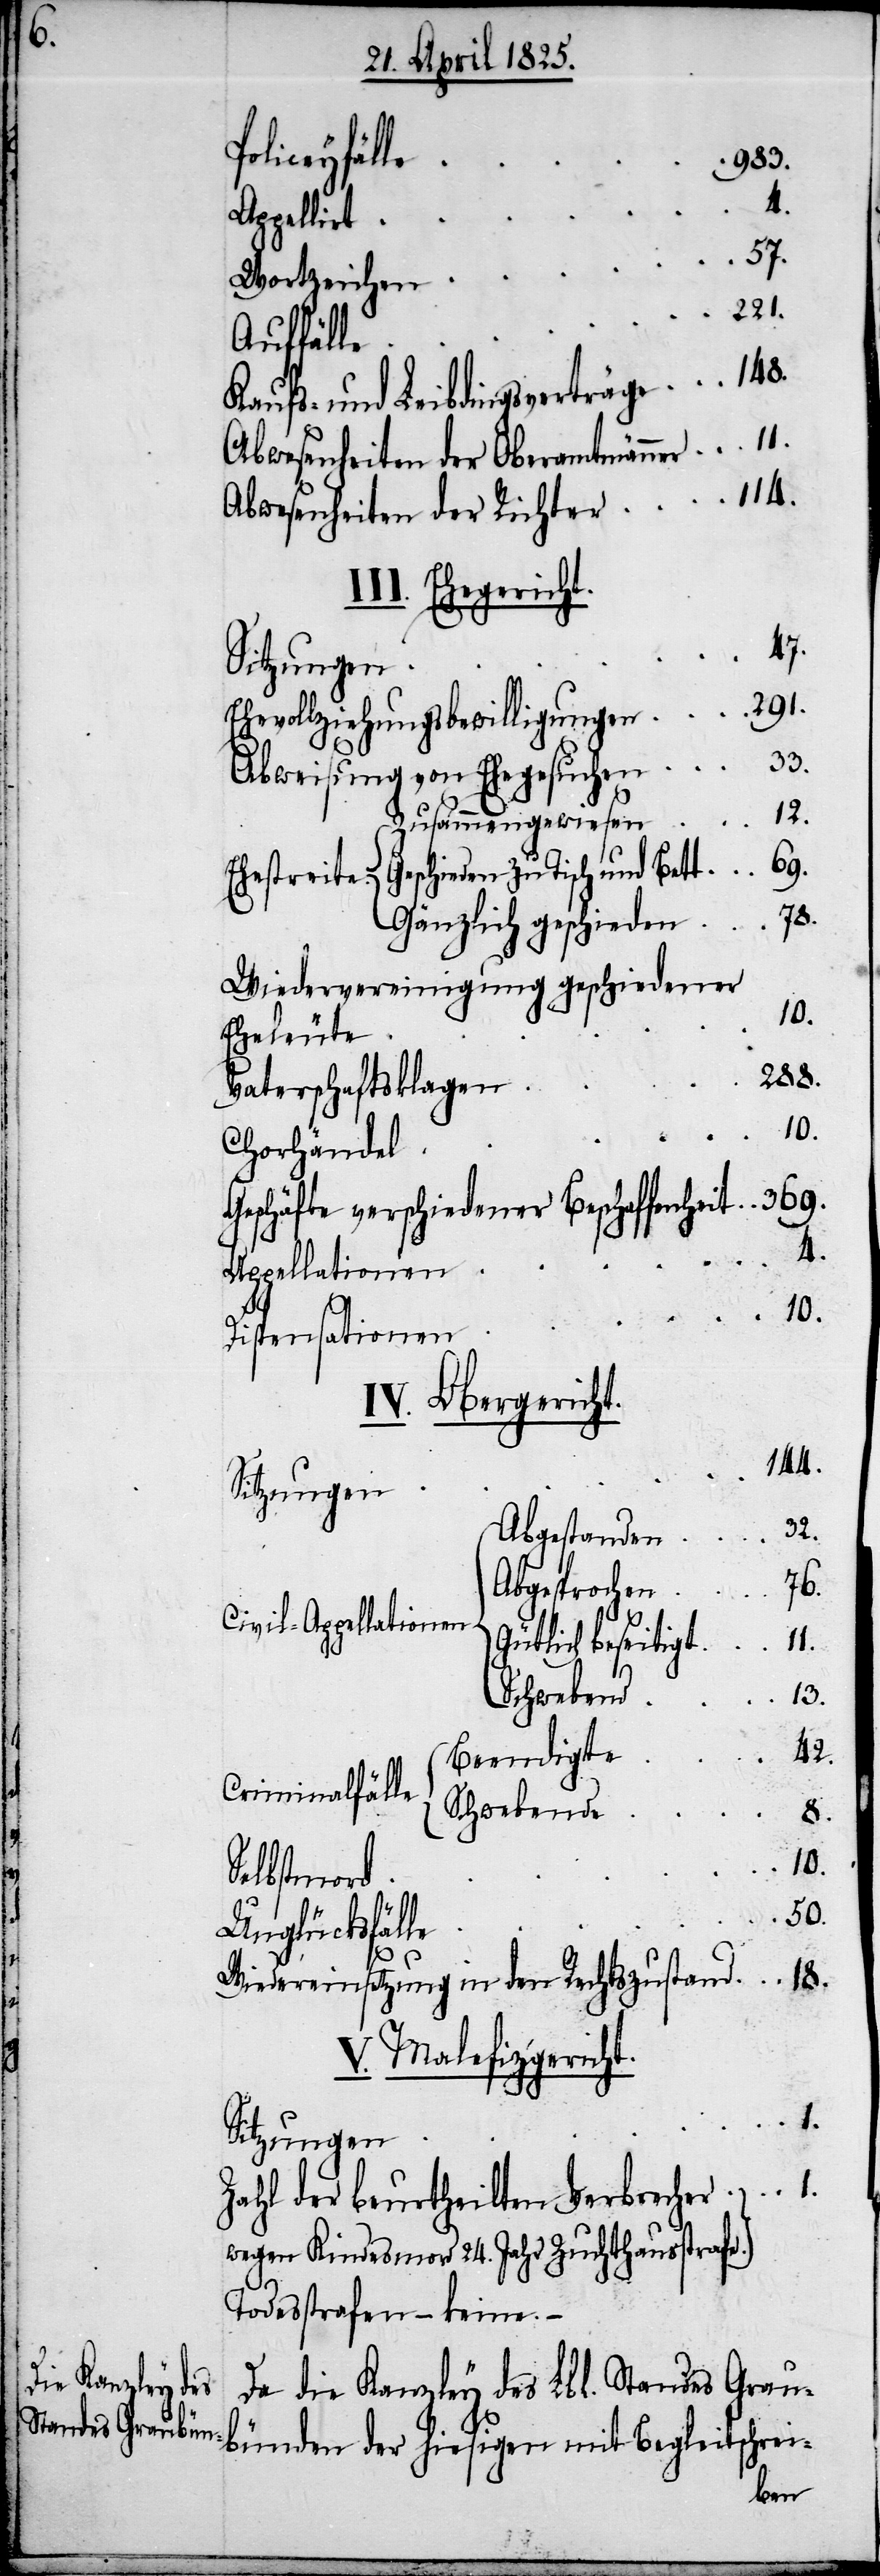
Policeyfälle
989.
Appellirt
57.
Wortzeichen
Auffälle
Kaufs- und Leibdingsverträge
Abwesenheiten der Oberamtmänner
Abwesenheiten der Richter
III. Ehegericht.
47.
Sitzungen
291.
Ehevollziehungsbewilligungen
33.
Abweisung von Ehegesuchen
12.
Zusammengewiesen
keine.
Geschieden zu Tisch und Bett
78.
Gänzlich geschieden
Wiedervereinigung geschiedener
148.
Eheleute
288.
Vaterschaftsklagen
Chorhändel
Geschäfte verschiedener Beschaffenheit
Appellationen
Dispensationen
IV. Obergericht.
144.
Sitzungen
32.
Abgestanden
76.
Abgesprochen
Civil-Appellationen
11.
Todesstrafen
13.
{
42.
Beendigte
Criminalfälle
Schwebende
8.
18.
Selbstmord
50.
Unglücksfälle
Wiedereinsetzung in den Rechtszustand
V. Malefizgericht.
4.
Zahl der beurtheilten Verbrechen
wegen Kindesmord 24. Jahr Zuchthausstrafe
Da die Kanzley des Lbl. Standes Grau¬
bünden der hiesigen mit Begleitschrei-